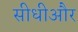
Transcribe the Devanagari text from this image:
सीधीऔर